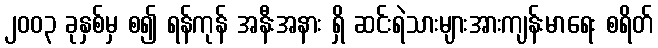
၂၀၀၃ ခုနှစ်မှ စ၍ ရန်ကုန် အနီးအနား ရှိ ဆင်းရဲသားများအားကျန်းမာရေး စရိတ်